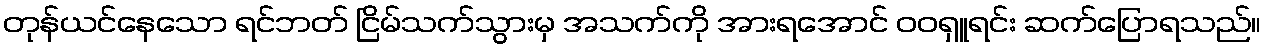
တုန်ယင်နေသော ရင်ဘတ် ငြိမ်သက်သွားမှ အသက်ကို အားရအောင် ဝဝရှူရင်း ဆက်ပြောရသည်။